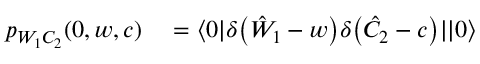
\begin{array} { r l } { p _ { W _ { 1 } C _ { 2 } } ( 0 , w , c ) } & { { } = \langle 0 | \delta \bigl ( \hat { W } _ { 1 } - w \bigr ) \delta \bigl ( \hat { C } _ { 2 } - c \bigr ) | | 0 \rangle } \end{array}